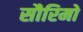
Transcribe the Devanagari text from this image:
सौरिमो